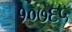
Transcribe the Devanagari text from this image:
१०७६५